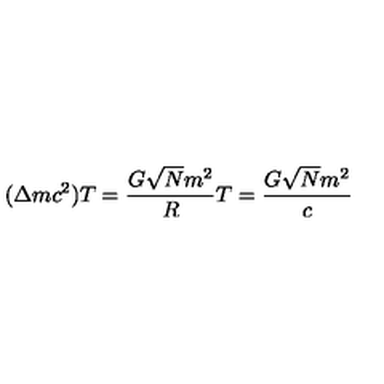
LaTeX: ( \Delta m c ^ { 2 } ) T = \frac { G \sqrt { N } m ^ { 2 } } { R } T = \frac { G \sqrt { N } m ^ { 2 } } { c }